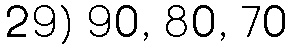
29) 90, 80, 70